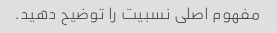
مفهوم اصلی نسبیت را توضیح دهید.